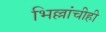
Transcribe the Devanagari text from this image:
भिल्लांचीही